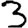
Digit: 3